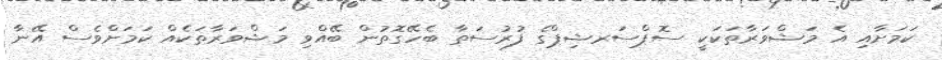
ކަމަށާއި އެ މަޝްވަރާތަކަކީ ސޮޕްސަރޝިޕްގެ ފުރުސަތާ ބެހޭގޮތުން ބޭއްވި މަޝްވަރާތަކެއް ކަމަށްވެސް އޭނާ